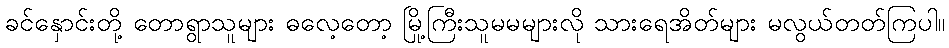
ခင်နှောင်းတို့ တောရွာသူများ ဓလေ့တော့ မြို့ကြီးသူမမများလို သားရေအိတ်များ မလွယ်တတ်ကြပါ။